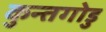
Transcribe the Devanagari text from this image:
कुन्तगोडु